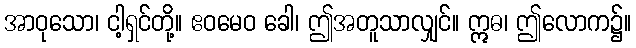
အာဝုသော၊ ငါ့ရှင်တို့။ ဧဝမေဝ ခေါ၊ ဤအတူသာလျှင်။ ဣဓ၊ ဤလောက၌။